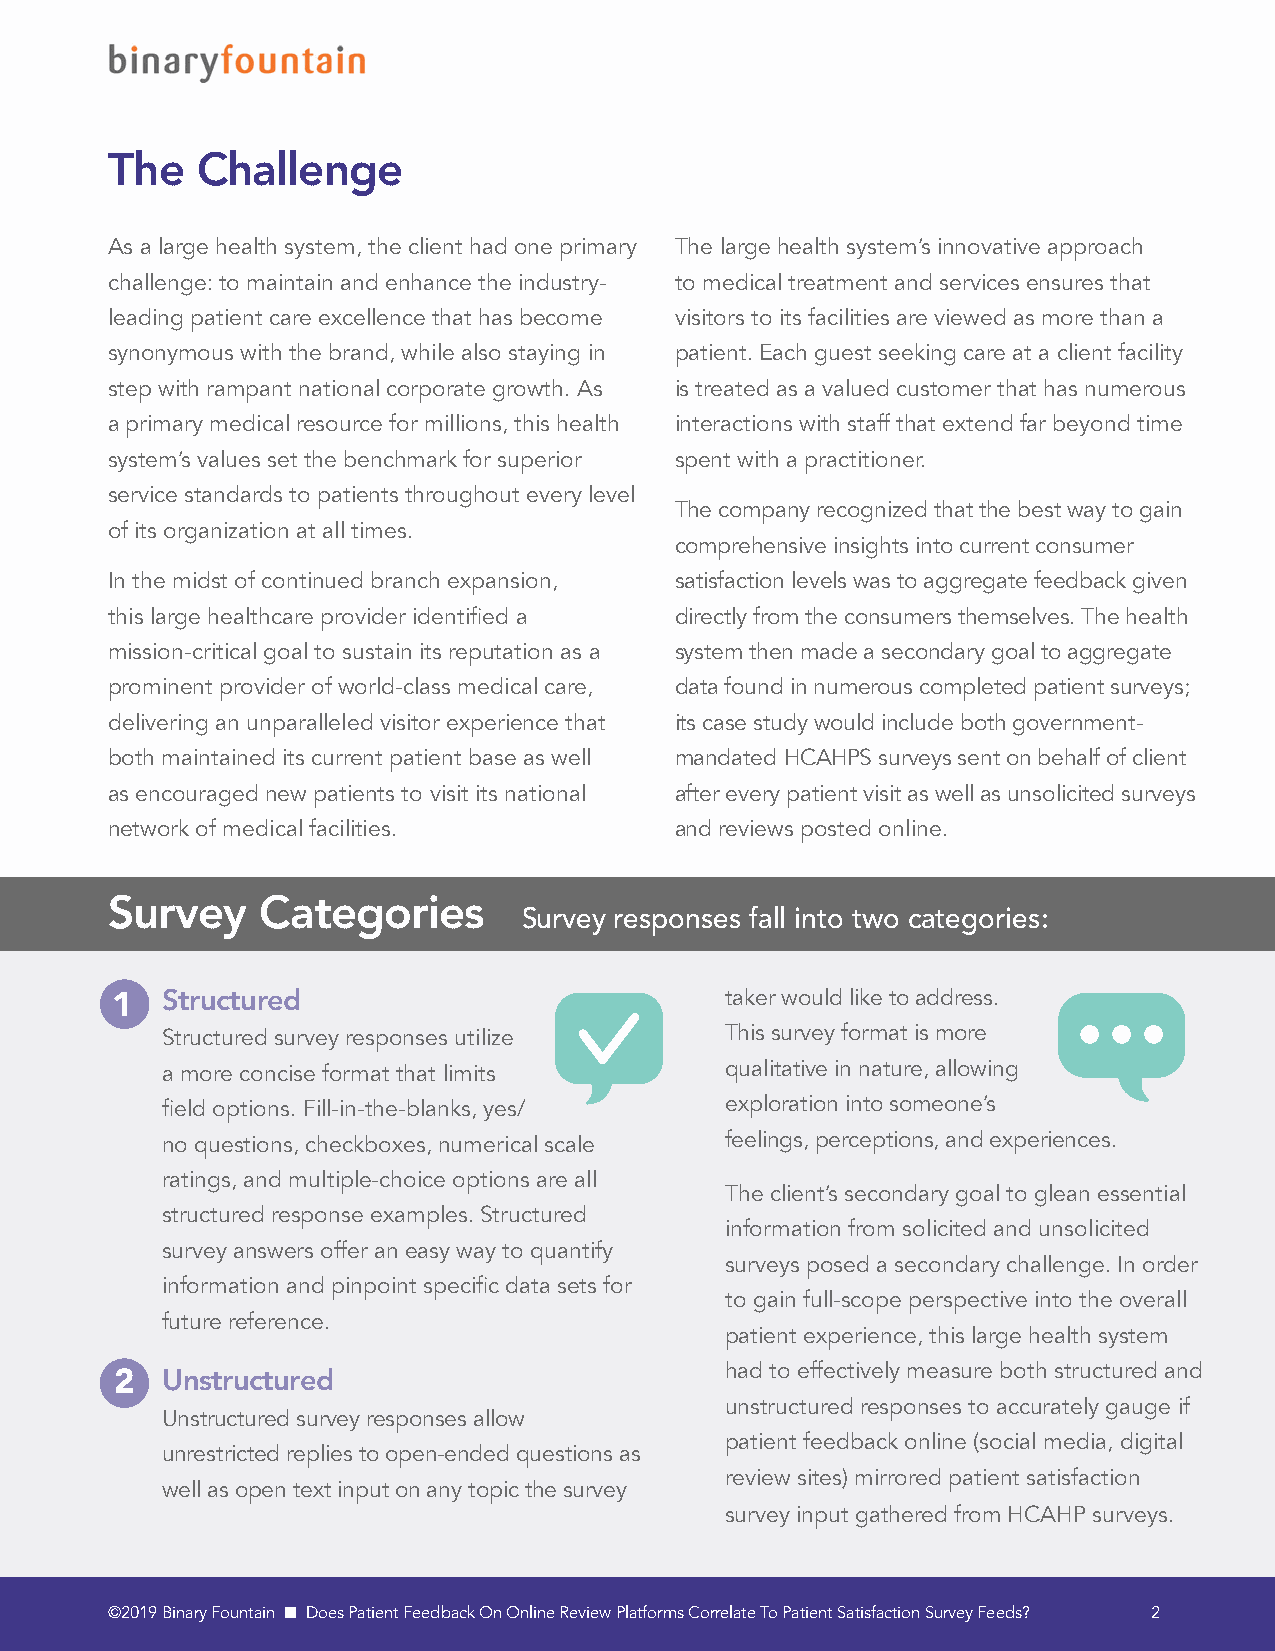
The   Challenge
 As a large health system, the client had one primary The large health system’s innovative approach
 challenge: to maintain and enhance the industry- to medical treatment and services ensures that
 leading patient care excellence that has become visitors to its facilities are viewed as more than a
 synonymous with the brand, while also staying in patient. Each guest seeking care at a client facility
 step with rampant national corporate growth. As is treated as a valued customer that has numerous
 a primary medical resource for millions, this health interactions with staff that extend far beyond time
 system’s values set the benchmark for superior spent with a practitioner.
 service standards to patients throughout every level
 The company recognized that the best way to gain
 of its organization at all times.
 comprehensive insights into current consumer
 In the midst of continued branch expansion, satisfaction levels was to aggregate feedback given
 this large healthcare provider identified a directly from the consumers themselves. The health
 mission-critical goal to sustain its reputation as a system then made a secondary goal to aggregate
 prominent provider of world-class medical care, data found in numerous completed patient surveys;
 delivering an unparalleled visitor experience that its case study would include both government-
 both maintained its current patient base as well mandated HCAHPS surveys sent on behalf of client
 as encouraged new patients to visit its national after every patient visit as well as unsolicited surveys
 network of medical facilities.        and reviews posted online.
 Survey    Categories
 Survey responses fall into two categories:
 1   Structured                           taker would like to address.
 Structured survey responses utilize  This survey format is more
 a more concise format that limits    qualitative in nature, allowing
 field options. Fill-in-the-blanks, yes/ exploration into someone’s
 no questions, checkboxes, numerical scale feelings, perceptions, and experiences.
 ratings, and multiple-choice options are all
 The client’s secondary goal to glean essential
 structured response examples. Structured
 information from solicited and unsolicited
 survey answers offer an easy way to quantify
 surveys posed a secondary challenge. In order
 information and pinpoint specific data sets for
 to gain full-scope perspective into the overall
 future reference.
 patient experience, this large health system
 2  Unstructured                         had to effectively measure both structured and
 unstructured responses to accurately gauge if
 Unstructured survey responses allow
 patient feedback online (social media, digital
 unrestricted replies to open-ended questions as
 review sites) mirrored patient satisfaction
 well as open text input on any topic the survey
 survey input gathered from HCAHP surveys.
 ©2019 Binary Fountain n Does Patient Feedback On Online Review Platforms Correlate To Patient Satisfaction Survey Feeds? 2